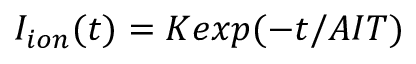
I _ { i o n } ( t ) = K e x p ( - t / A I T )